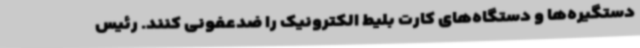
دستگیره‌ها و دستگاه‌های کارت بلیط الکترونیک را ضدعفونی کنند. رئیس